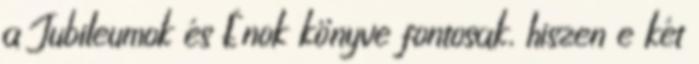
a Jubileumok és Énok könyve fontosak, hiszen e két